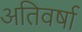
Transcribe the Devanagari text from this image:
अतिवर्षा